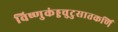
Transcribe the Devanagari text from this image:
विष्णुकंड्डचुटुसातकर्णि